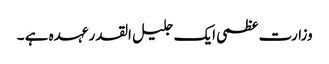
وزارت عظمی ایک جلیل القدر عہدہ ہے ۔